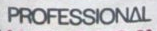
PROFESSIONAL